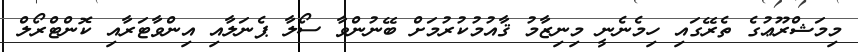
މިމަޝްރޫޢުގެ ތެރޭގައި ހިމެނެނީ މިނިޒާމު ޤާއުމުކުރުމަށް ބޭނުންވާ ސޯލާ ޕެނަލާއި އިންވާޓަރާއި ކޮންޓްރޯލް